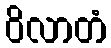
ဝိလာတံ